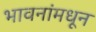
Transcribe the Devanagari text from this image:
भावनांमधून